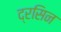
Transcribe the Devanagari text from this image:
द्रसिन